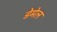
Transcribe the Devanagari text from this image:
डेमेल